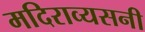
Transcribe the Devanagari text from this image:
मदिराव्यसनी